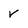
Character: V